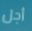
أجل